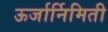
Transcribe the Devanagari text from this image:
ऊर्जार्निमिती